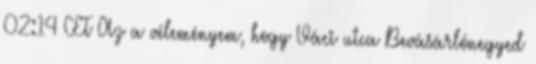
02:14 CET Az a véleményem, hogy Váci utca Bevásárlónegyed